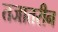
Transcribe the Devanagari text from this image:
तजातरीन